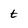
Character: t